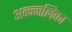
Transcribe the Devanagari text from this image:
अन्न्नलिका